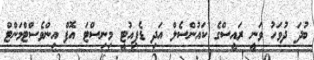
ބުދަ ދުވަހު ވަނީ ރައީސްގެ ކައުންސެލް އަދި ޑެޕިއުޓީ މިނިސްޓަ އޮފް އިންވެސްޓްމަންޓް